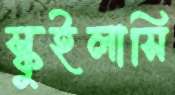
স্কুইলাসি